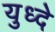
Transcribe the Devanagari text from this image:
युध्दे